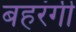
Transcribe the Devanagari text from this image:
बहरंगी